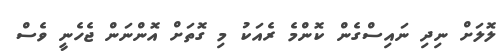
ލޮލަށް ނިދި ނައިސްގެން ކޮންމެ ރެއަކު މި ގޮތަށް އޮންނަން ޖެހެނީ ވެސް